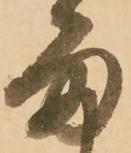
留